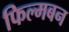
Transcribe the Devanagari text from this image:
फिल्मबन